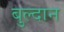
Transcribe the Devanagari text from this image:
बुल्दान